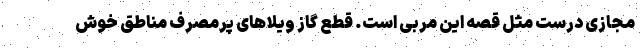
مجازی درست مثل قصه این مربی است. قطع گاز ویلاهای پرمصرف مناطق خوش